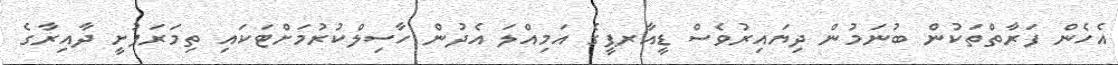
އެހެން ފަރާތްތަކުން ބުނަމުން ދިޔައިރުވެސް ޑީއާރޕީގެ އަމިއްލަ އެދުން ހާސިލްކުރުމަށްޓަކައި ތިމަރަފުށީ ދާއިރާގެ